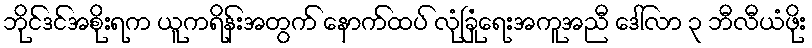
ဘိုင်ဒင်အစိုးရက ယူကရိန်းအတွက် နောက်ထပ် လုံခြုံရေးအကူအညီ ဒေါ်လာ ၃ ဘီလီယံဖိုး